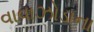
વાવાઝોડાના